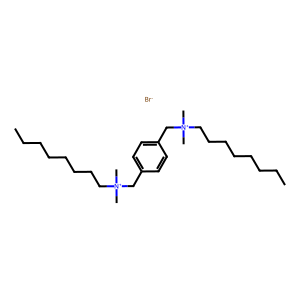
SMILES: CCCCCCCC[N+](C)(C)Cc1ccc(C[N+](C)(C)CCCCCCCC)cc1.[Br-]
Inhibits HIV replication: No